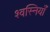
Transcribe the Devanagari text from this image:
श्वस्नियाँ